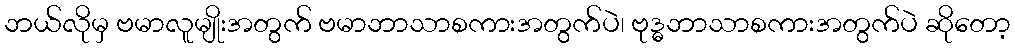
ဘယ်လိုမှ ဗမာလူမျိုးအတွက် ဗမာဘာသာစကားအတွက်ပဲ၊ ဗုဒ္ဓဘာသာစကားအတွက်ပဲ ဆိုတော့